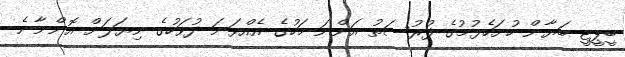
ބީޕީޓީ ބަޔާން ހުށަހެޅުމުގެ ފުރުސަތު އަންނަ މަހުގެ އެއްވަނަ ދުވަހުގެ ނިޔަލަށް އޮންނާނެ